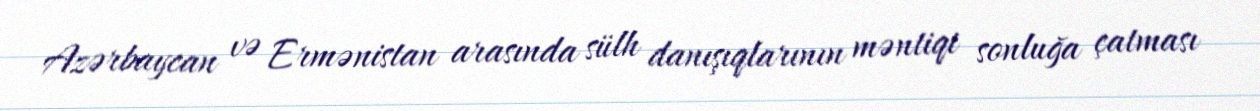
Azərbaycan və Ermənistan arasında sülh danışıqlarının məntiqi sonluğa çatması